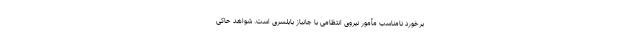
برخورد نامناسب مأمور نیروی انتظامی با جانباز بابلسری است. شواهد حاکی